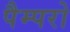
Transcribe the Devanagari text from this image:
पैम्परो